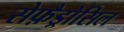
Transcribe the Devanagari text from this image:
सेफ़ैड्रोसिल